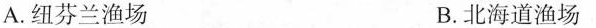
A.纽芬兰渔场 B.北海道渔场